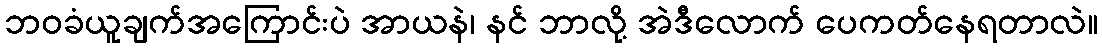
ဘဝခံယူချက်အကြောင်းပဲ အာယနဲ၊ နင် ဘာလို့ အဲဒီလောက် ပေကတ်နေရတာလဲ။